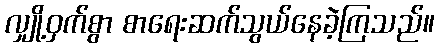
လျှို့ဝှက်စွာ စာရေးဆက်သွယ်နေခဲ့ကြသည်။